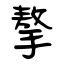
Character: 摮